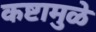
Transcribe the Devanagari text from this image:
कष्टामुळे